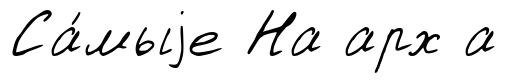
Са́мыjе На арх а